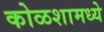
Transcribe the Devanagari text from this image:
कोळशामध्ये